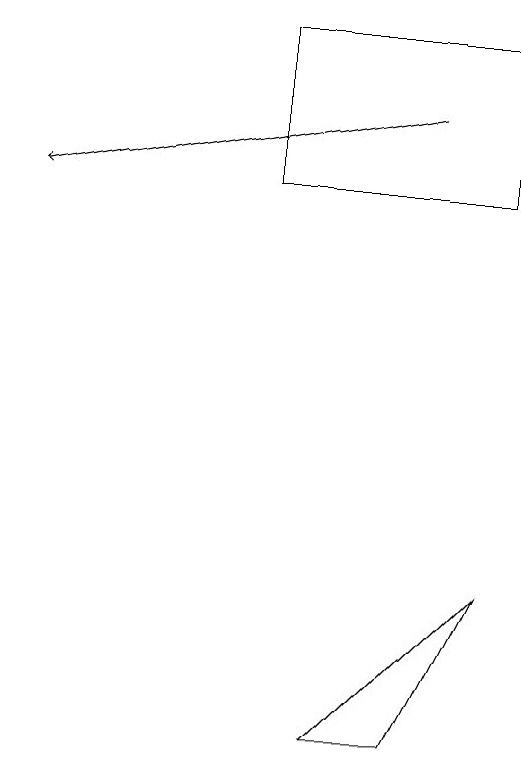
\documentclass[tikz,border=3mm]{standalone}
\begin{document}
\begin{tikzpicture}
\draw (9,8) -- (7,6) -- (8,6) -- cycle;
\draw (6,13) rectangle (9,15);
\draw[->] (8,14) -- (3,13);
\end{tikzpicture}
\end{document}